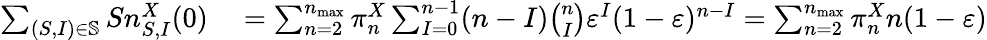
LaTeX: \begin{array}{rl}{\sum_{(S,I)\in\mathbb{S}}Sn_{S,I}^{X}(0)}&{{}=\sum_{n=2}^{n_{\operatorname*{max}}}\pi_{n}^{X}\sum_{I=0}^{n-1}(n-I)\binom{n}{I}\varepsilon^{I}(1-\varepsilon)^{n-I}=\sum_{n=2}^{n_{\operatorname*{max}}}\pi_{n}^{X}n(1-\varepsilon)}\end{array}